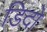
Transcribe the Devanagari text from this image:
डिदो